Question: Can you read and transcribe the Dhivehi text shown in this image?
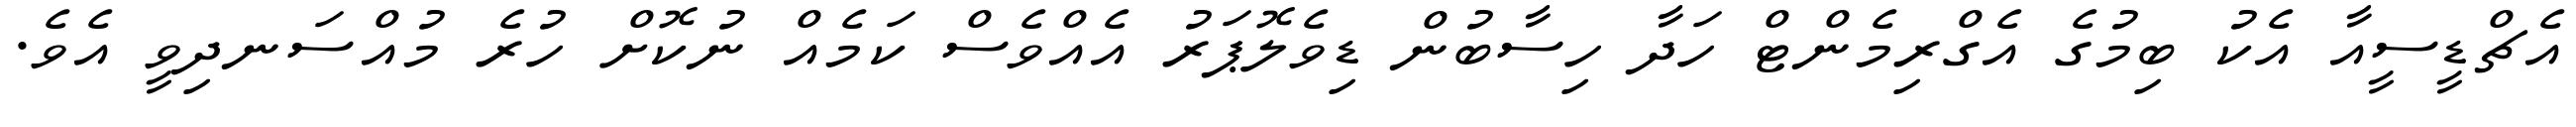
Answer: އެޗްޑީސީއާ އެކު ބިމުގެ އެގްރިމެންޓް ހަދާ ހިސާބުން ޑިވެލޮޕަރު އެއްވެސް ކަމެއް ނުކޮށް ހުރެ މުއްސަނދިވީ އެވެ.